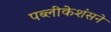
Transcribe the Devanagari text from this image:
पब्लीकेशंसने